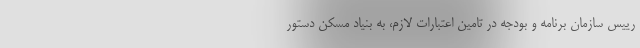
رییس سازمان برنامه و بودجه در تامین اعتبارات لازم، به بنیاد مسکن دستور